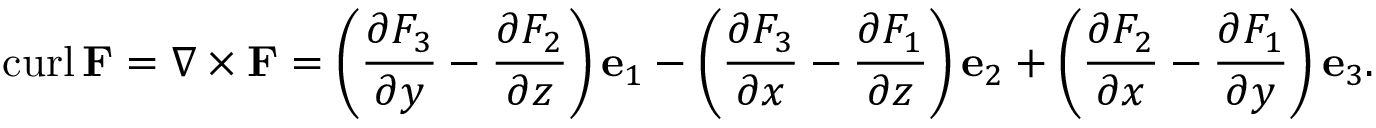
\operatorname { c u r l } \mathbf { F } = \nabla \times \mathbf { F } = \left( { \frac { \partial F _ { 3 } } { \partial y } } - { \frac { \partial F _ { 2 } } { \partial z } } \right) \mathbf { e } _ { 1 } - \left( { \frac { \partial F _ { 3 } } { \partial x } } - { \frac { \partial F _ { 1 } } { \partial z } } \right) \mathbf { e } _ { 2 } + \left( { \frac { \partial F _ { 2 } } { \partial x } } - { \frac { \partial F _ { 1 } } { \partial y } } \right) \mathbf { e } _ { 3 } .